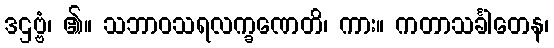
ဒဌဗ္ဗံ၊ ၏။ သဘာဝသရလက္ခဏေတိ၊ ကား။ ကတာသင်္ခါတေန၊